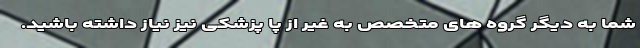
شما به دیگر گروه های متخصص به غیر از پا پزشکی نیز نیاز داشته باشید.